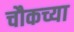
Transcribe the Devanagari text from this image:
चौकच्या